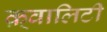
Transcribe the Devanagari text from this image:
क़्वालिटी